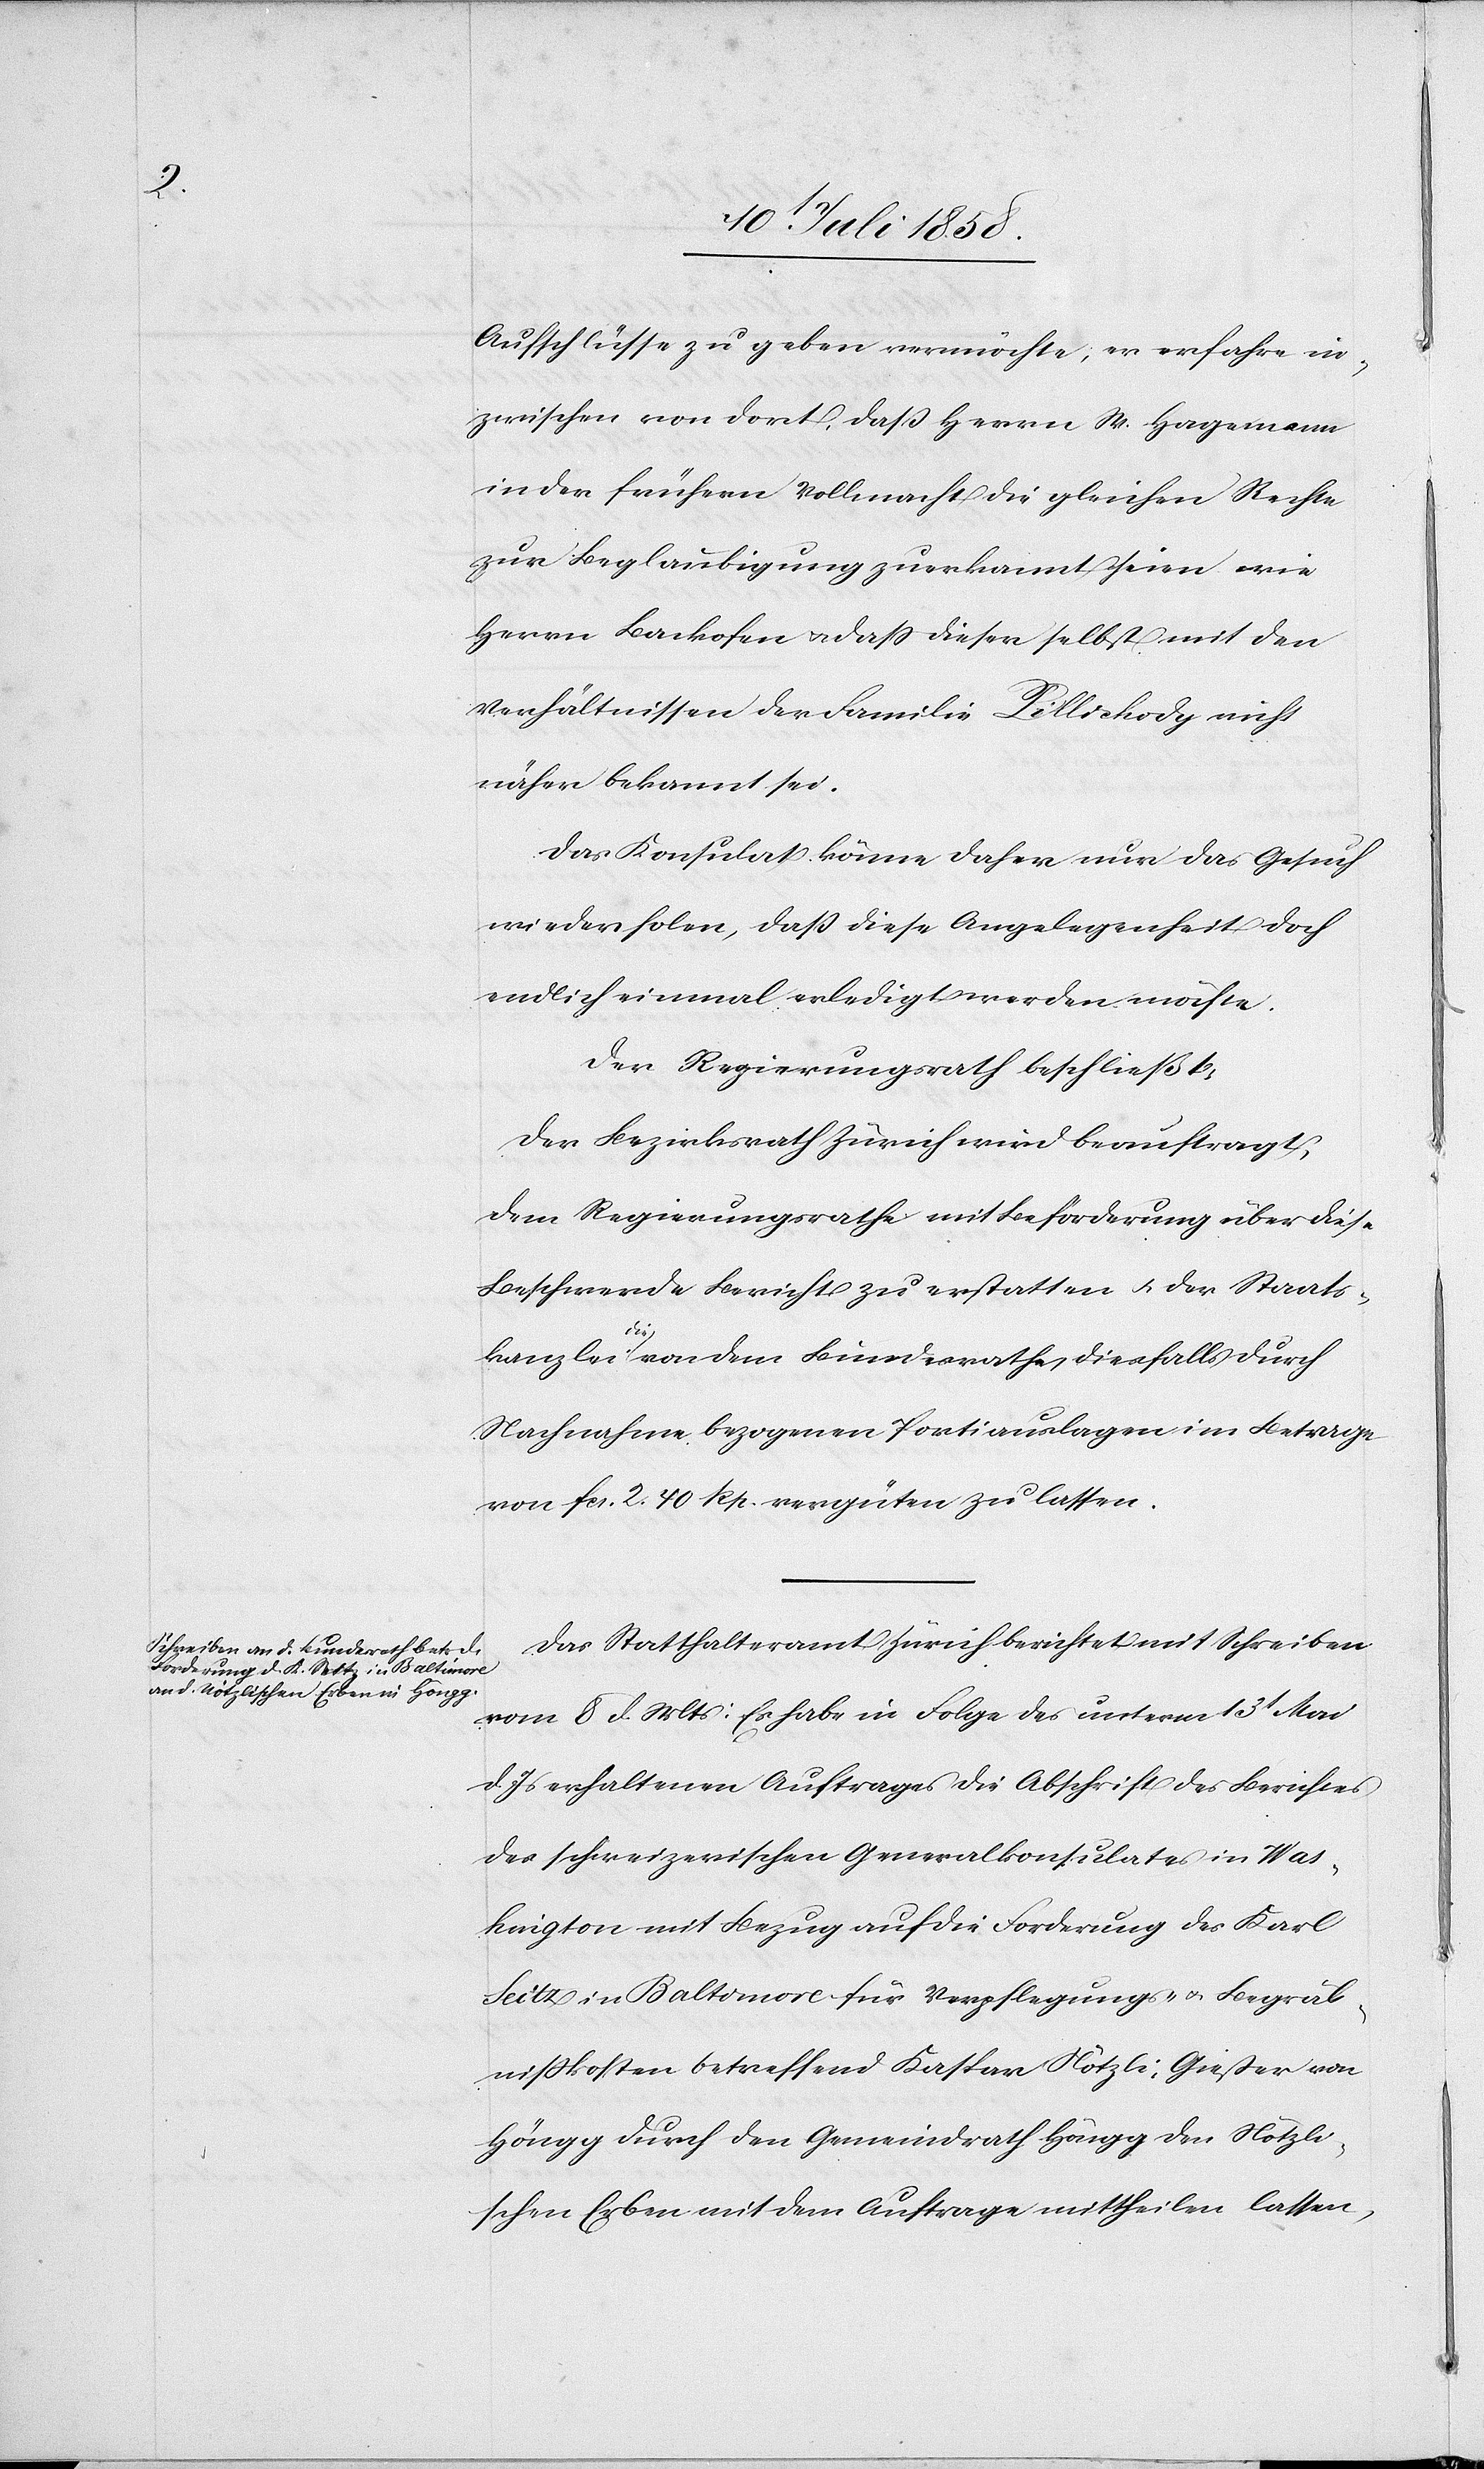
Aufschlüsse zu geben vermöchte, er erfahre in¬
zwischen von dort, daß Herrn W. Hagemann
in der frühern Vollmacht die gleichen Rechte
zur Beglaubigung zuerkannt seien wie
Herr Backofen & dass dieser selbst mit den
Verhältnissen der Familie Pillichody nicht
näher bekannt sei.
Das Konsulat könne daher nur das Gesuch
wiederholen, daß diese Angelegenheit doch
endlich einmal erledigt werden möchte.
Der Regierungsrath beschließt:
Der Bezirksrath Zürich wird beauftragt,
dem Regierungsrathe mit Beförderung über diese
Beschwerde Bericht zu erstatten & der Staats¬
kanzlei die von dem Bundesrathe diesfalls durch
Nachnahme bezogenen Portiauslagen im Betrage
von Fcs. 2 40 Rp. vergüten zu lassen.
Das Statthalteramt Zürich berichtet mit Schreiben
vom 8 d. Mts: Es habe in Folge des unterm 13t Mai
d. Js erhaltenen Auftrages die Abschrift des Berichtes
des schweizerischen Generalkonsulates in Was¬
hington mit Bezug auf die Forderung des Karl
Seitz in Baltimore für Verpflegungs- & Begräb¬
nisskosten betreffend Kaspar Nötzli, Gießer von
Höngg durch den Gemeindrath Höngg den Nötzli¬
schen Erben mit dem Auftrage mittheilen lassen,